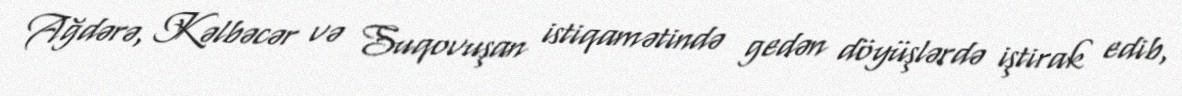
Ağdərə, Kəlbəcər və Suqovuşan istiqamətində gedən döyüşlərdə iştirak edib,